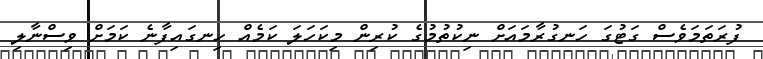
ފުރަތަމަވެސް ގަޓުގަ ހަނގުރާމައަށް ނިކުތުމުގެ ކުރިން މިކަހަލަ ކަމެއް ހިނގައިފާނެ ކަމަށް ވިސްނާލި